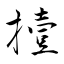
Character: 撎